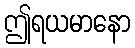
ဤရယမာနော